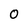
Character: O